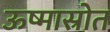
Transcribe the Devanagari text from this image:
ऊष्मास्रोत